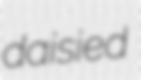
daisied